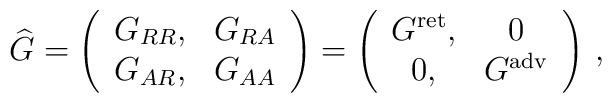
{\widehat G} = \left( \begin{array}{cc}                      G_{RR}, & G_{RA}\\                      G_{AR}, & G_{AA}                     \end{array} \right)            = \left( \begin{array}{cc}                      G^{\rm ret}, & 0\\                      0, & G^{\rm adv}                      \end{array} \right)\, ,